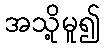
အသို့မူ၍